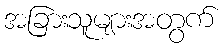
အခြားသူများအတွက်